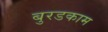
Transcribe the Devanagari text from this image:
बुरडकाम